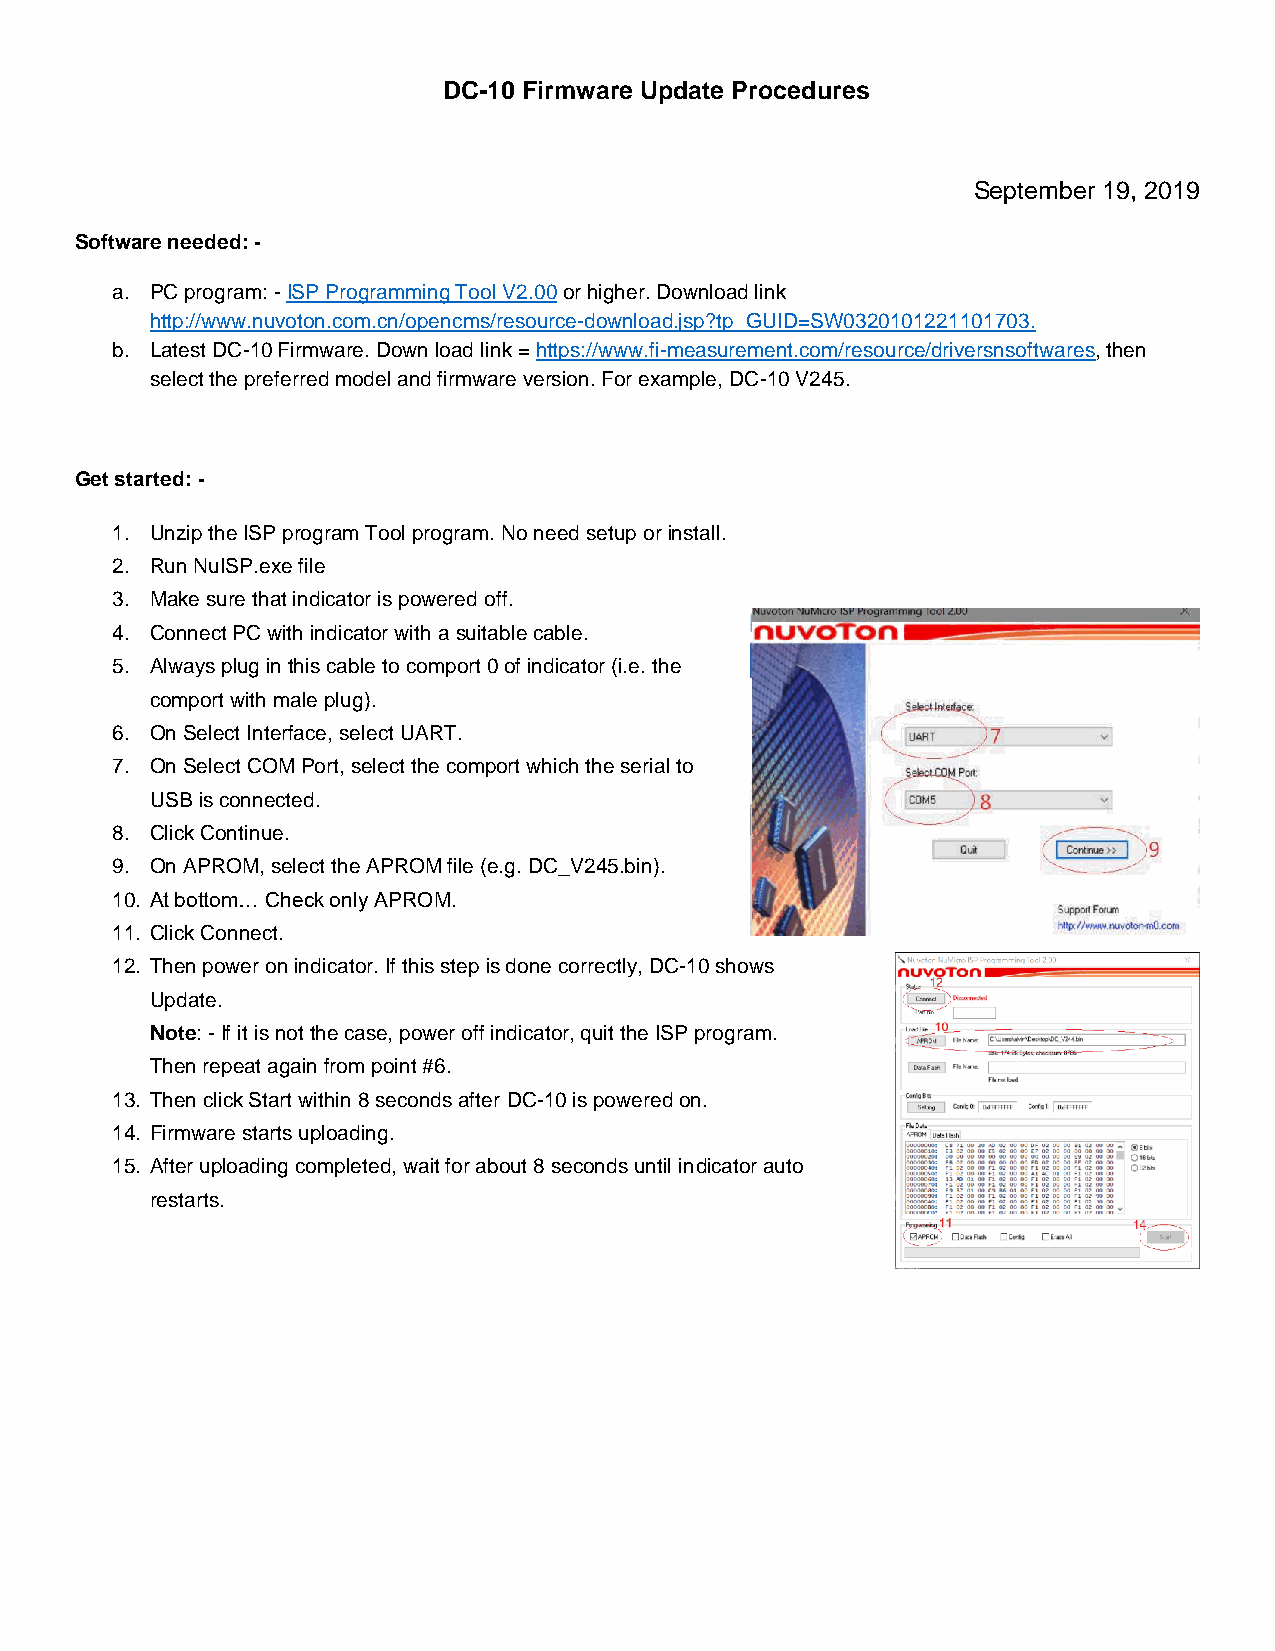
DC-10 Firmware Update Procedures
 September 19, 2019
 Software needed: -
 a. PC program: - ISP Programming Tool V2.00 or higher. Download link
 http://www.nuvoton.com.cn/opencms/resource-download.jsp?tp_GUID=SW0320101221101703.
 b. Latest DC-10 Firmware. Down load link = https://www.fi-measurement.com/resource/driversnsoftwares, then
 select the preferred model and firmware version. For example, DC-10 V245.
 Get started: -
 1. Unzip the ISP program Tool program. No need setup or install.
 2. Run NuISP.exe file
 3. Make sure that indicator is powered off.
 4. Connect PC with indicator with a suitable cable.
 5. Always plug in this cable to comport 0 of indicator (i.e. the
 comport with male plug).
 6. On Select Interface, select UART.
 7. On Select COM Port, select the comport which the serial to
 USB is connected.
 8. Click Continue.
 9. On APROM, select the APROM file (e.g. DC_V245.bin).
 10. At bottom… Check only APROM.
 11. Click Connect.
 12. Then power on indicator. If this step is done correctly, DC-10 shows
 Update.
 Note: - If it is not the case, power off indicator, quit the ISP program.
 Then repeat again from point #6.
 13. Then click Start within 8 seconds after DC-10 is powered on.
 14. Firmware starts uploading.
 15. After uploading completed, wait for about 8 seconds until indicator auto
 restarts.